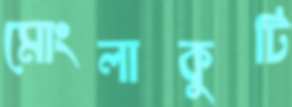
মোংলাকুটি